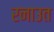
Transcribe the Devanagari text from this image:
रनाउत